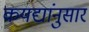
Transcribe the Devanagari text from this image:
कयद्यांनुसार